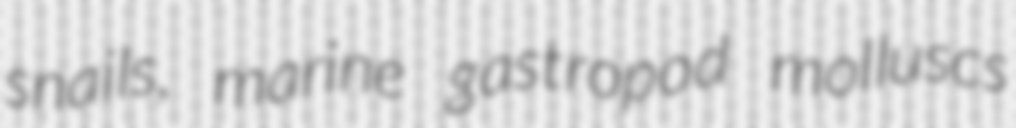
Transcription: snails, marine gastropod molluscs